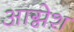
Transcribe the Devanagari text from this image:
आग्नेश